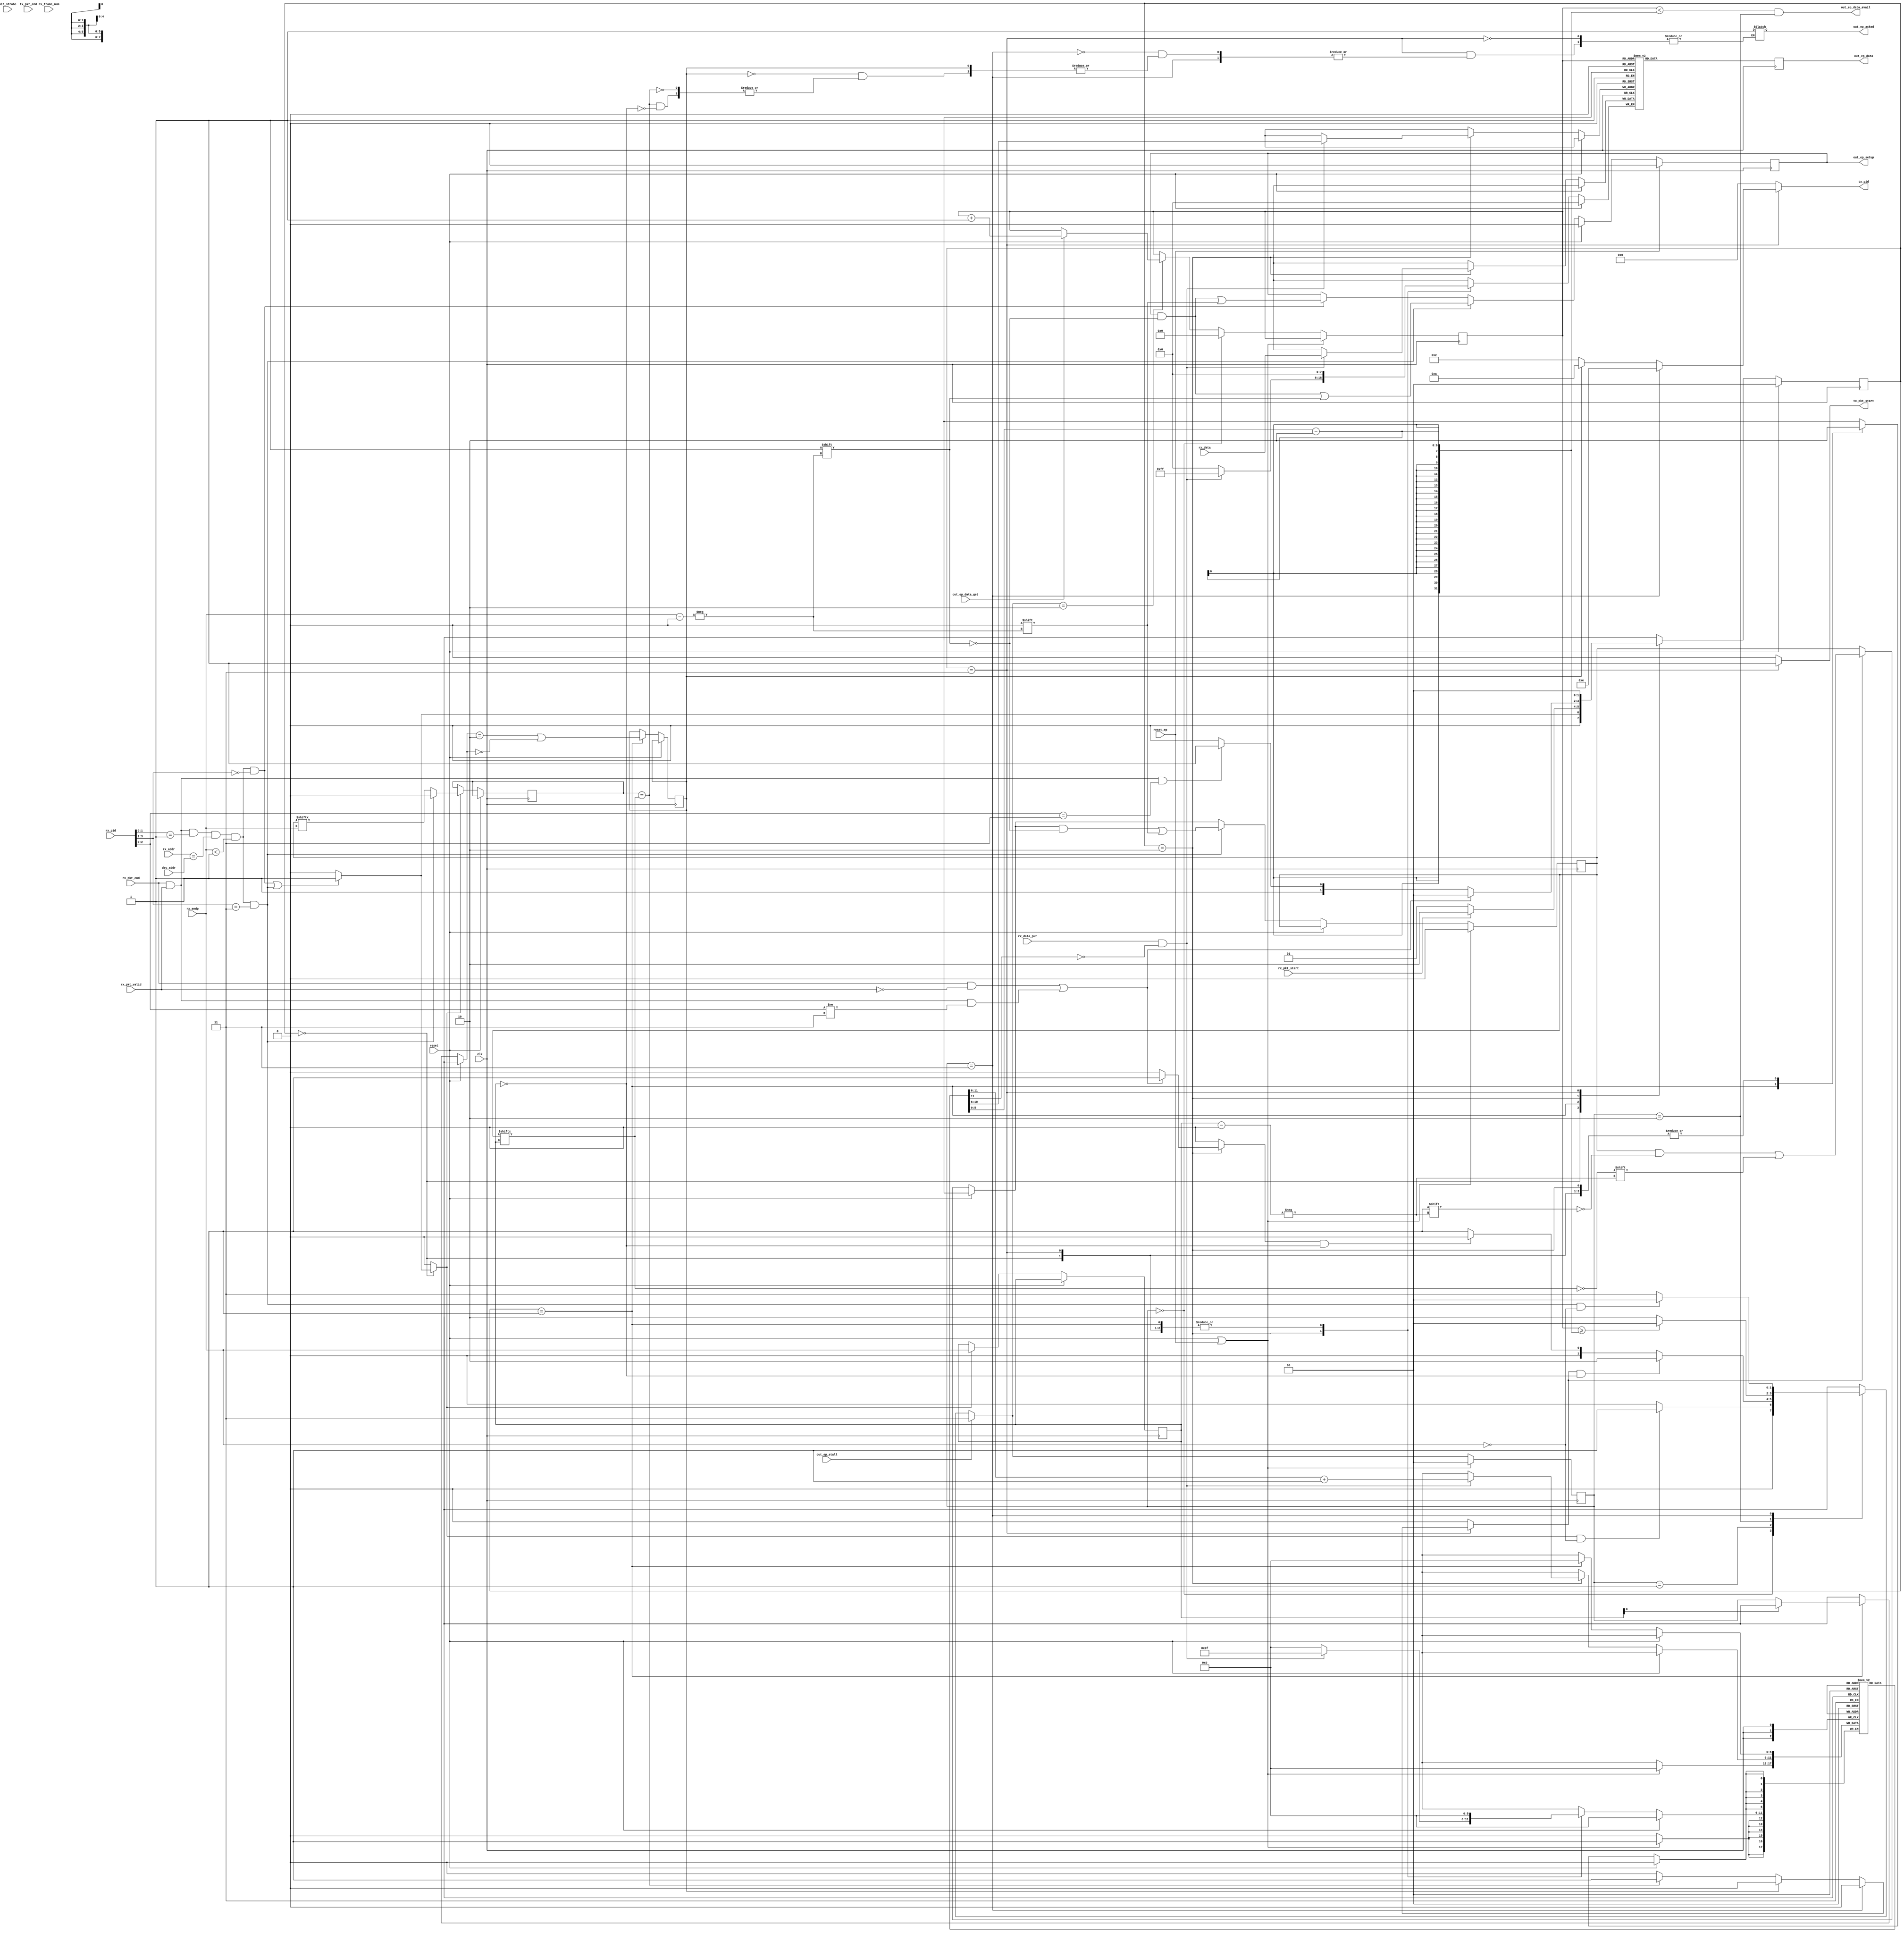
// This program was cloned from: https://github.com/tinyfpga/TinyFPGA-B-Series
// License: GNU General Public License v3.0

// The OUT Protocol Engine receives data from the host.
module usb_fs_out_pe #(
  parameter NUM_OUT_EPS = 1,
  parameter MAX_OUT_PACKET_SIZE = 32
) (
  input clk,
  input reset,
  input [NUM_OUT_EPS-1:0] reset_ep, 
  input [6:0] dev_addr,
  input bit_strobe,

  ////////////////////
  // endpoint interface 
  ////////////////////
  output [NUM_OUT_EPS-1:0] out_ep_data_avail,
  output reg [NUM_OUT_EPS-1:0] out_ep_setup,
  input [NUM_OUT_EPS-1:0] out_ep_data_get,
  output reg [7:0] out_ep_data,
  input [NUM_OUT_EPS-1:0] out_ep_stall,
  output reg [NUM_OUT_EPS-1:0] out_ep_acked,


  ////////////////////
  // rx path 
  ////////////////////

  // Strobed on reception of packet.
  input rx_pkt_start,
  input rx_pkt_end,
  input rx_pkt_valid,

  // Most recent packet received.
  input [3:0] rx_pid,
  input [6:0] rx_addr,
  input [3:0] rx_endp,
  input [10:0] rx_frame_num,

  // rx_data is pushed into endpoint controller.
  input rx_data_put,
  input [7:0] rx_data,


  ////////////////////
  // tx path 
  ////////////////////

  // Strobe to send new packet.
  output reg tx_pkt_start,
  input tx_pkt_end,
  output reg [3:0] tx_pid
);
  ////////////////////////////////////////////////////////////////////////////////
  // endpoint state machine
  ////////////////////////////////////////////////////////////////////////////////
  reg [1:0] ep_state [NUM_OUT_EPS - 1:0];
  reg [1:0] ep_state_next [NUM_OUT_EPS - 1:0];

  localparam READY_FOR_PKT = 0;
  localparam PUTTING_PKT = 1;
  localparam GETTING_PKT = 2;
  localparam STALL = 3;


  ////////////////////////////////////////////////////////////////////////////////
  // out transfer state machine
  ////////////////////////////////////////////////////////////////////////////////
  reg [1:0] out_xfr_state;
  reg [1:0] out_xfr_state_next;

  localparam IDLE = 0;
  localparam RCVD_OUT = 1;
  localparam RCVD_DATA_START = 2; 
  localparam RCVD_DATA_END = 3; 

  reg out_xfr_start;
  reg new_pkt_end;
  reg rollback_data;


  reg [3:0] out_ep_num;
  

  reg [NUM_OUT_EPS - 1:0] out_ep_data_avail_i;
  reg [NUM_OUT_EPS - 1:0] out_ep_data_avail_j;

  // set when the endpoint buffer is unable to receive the out transfer
  reg nak_out_transfer;

  // data toggle state
  reg [NUM_OUT_EPS - 1:0] data_toggle;

  // latched on valid OUT/SETUP token
  reg [3:0] current_endp;

  // endpoint data buffer
  reg [7:0] out_data_buffer [(MAX_OUT_PACKET_SIZE * NUM_OUT_EPS) - 1:0];

  // current get_addr when outputting a packet from the buffer
  reg [4:0] ep_get_addr [NUM_OUT_EPS - 1:0];

  // endpoint put_addrs when inputting a packet into the buffer
  reg [5:0] ep_put_addr [NUM_OUT_EPS - 1:0];

  // total buffer put addr, uses endpoint number and that endpoints current
  // put address
  wire [8:0] buffer_put_addr = {current_endp[3:0], ep_put_addr[current_endp][4:0]};
  wire [8:0] buffer_get_addr = {out_ep_num[3:0], ep_get_addr[out_ep_num][4:0]};

  wire token_received = 
    rx_pkt_end &&
    rx_pkt_valid &&
    rx_pid[1:0] == 2'b01 &&
    rx_addr == dev_addr &&
    rx_endp < NUM_OUT_EPS;

  wire out_token_received =
    token_received &&
    rx_pid[3:2] == 2'b00;

  wire setup_token_received =
    token_received &&
    rx_pid[3:2] == 2'b11;

  wire invalid_packet_received =
    rx_pkt_end &&
    !rx_pkt_valid;

  wire data_packet_received =
    rx_pkt_end &&
    rx_pkt_valid &&
    rx_pid[2:0] == 3'b011;

  wire non_data_packet_received =
    rx_pkt_end &&
    rx_pkt_valid &&
    rx_pid[2:0] != 3'b011;

  reg last_data_toggle;

  wire data_packet_matches_toggle =
    last_data_toggle == data_toggle[current_endp];

  ////////////////////////////////////////////////////////////////////////////////
  // endpoint state machine
  ////////////////////////////////////////////////////////////////////////////////

  genvar ep_num;
  generate
    for (ep_num = 0; ep_num < NUM_OUT_EPS; ep_num = ep_num + 1) begin
      always @* begin

        if (out_ep_stall[ep_num]) begin
          ep_state_next[ep_num] <= STALL;

        end else begin
          case (ep_state[ep_num])
            READY_FOR_PKT : begin
              if (out_xfr_start && rx_endp == ep_num) begin
                ep_state_next[ep_num] <= PUTTING_PKT;

              end else begin
                ep_state_next[ep_num] <= READY_FOR_PKT;
              end
            end

            PUTTING_PKT : begin
              if (new_pkt_end && current_endp == ep_num) begin
                ep_state_next[ep_num] <= GETTING_PKT;

              end else if (rollback_data && current_endp == ep_num) begin
                ep_state_next[ep_num] <= READY_FOR_PKT;

              end else begin
                ep_state_next[ep_num] <= PUTTING_PKT;
              end
            end

            GETTING_PKT : begin

              if (ep_get_addr[ep_num][4:0] >= (ep_put_addr[ep_num][5:0] - 2)) begin
                ep_state_next[ep_num] <= READY_FOR_PKT;

              end else begin
                ep_state_next[ep_num] <= GETTING_PKT;
              end
            end

            STALL : begin
              if (setup_token_received && rx_endp == ep_num) begin
                ep_state_next[ep_num] <= READY_FOR_PKT;

              end else begin
                ep_state_next[ep_num] <= STALL;
              end
            end

            default begin
              ep_state_next[ep_num] <= READY_FOR_PKT;
            end
          endcase
        end

      end

      always @(posedge clk) begin
        if (reset || reset_ep[ep_num]) begin
          ep_state[ep_num] <= READY_FOR_PKT;

        end else begin
          ep_state[ep_num] <= ep_state_next[ep_num];

          //out_ep_data_avail_i[ep_num] <= 0; 
          //out_ep_data_avail_j[ep_num] <= out_ep_data_avail_i[ep_num];
          //out_ep_data_avail[ep_num] <= out_ep_data_avail_j[ep_num] && out_ep_data_avail_i[ep_num];

          if (ep_state_next[ep_num][1:0] == GETTING_PKT) begin
            //if (ep_state[ep_num][1:0] == GETTING_PKT) begin
            //  out_ep_data_avail_i[ep_num] <= 1;
            //end

            if (
              out_ep_data_get[ep_num] 
            ) begin
              ep_get_addr[ep_num][4:0] <= ep_get_addr[ep_num][4:0] + 1;
            end
          end

        
                  
          case (ep_state[ep_num])
            READY_FOR_PKT : begin
              ep_get_addr[ep_num][4:0] <= 0;
            end

            PUTTING_PKT : begin
            end

            GETTING_PKT : begin   
            end

            STALL : begin
            end
          endcase
        end
      end
      

      assign out_ep_data_avail[ep_num] = 
        (ep_get_addr[ep_num][4:0] < (ep_put_addr[ep_num][5:0] - 2)) && 
        (ep_state[ep_num][1:0] == GETTING_PKT);

    end
  endgenerate

  integer i;
  always @(posedge clk) begin
    if (reset) begin
      out_ep_setup <= 0;

    end else begin
      if (setup_token_received) begin
        out_ep_setup[rx_endp] <= 1;
      end else if (out_token_received) begin
        out_ep_setup[rx_endp] <= 0;
      end
    end

    for (i = 0; i < NUM_OUT_EPS; i = i + 1) begin
      if (reset_ep[i]) begin
        out_ep_setup[i] <= 0;
      end
    end
  end

  always @(posedge clk) out_ep_data <= out_data_buffer[buffer_get_addr][7:0];

  integer ep_num_decoder;
  always @* begin
    out_ep_num <= 0;

    for (ep_num_decoder = 0; ep_num_decoder < NUM_OUT_EPS; ep_num_decoder = ep_num_decoder + 1) begin
      if (out_ep_data_get[ep_num_decoder]) begin
        out_ep_num <= ep_num_decoder; 
      end
    end
  end

  ////////////////////////////////////////////////////////////////////////////////
  // out transfer state machine
  ////////////////////////////////////////////////////////////////////////////////

  always @* begin
    out_xfr_start <= 0;
    tx_pkt_start <= 0;
    tx_pid <= 0;
    new_pkt_end <= 0;
    rollback_data <= 0;

    case (out_xfr_state)
      IDLE : begin
        if (out_token_received || setup_token_received) begin
          out_xfr_state_next <= RCVD_OUT;
          out_xfr_start <= 1;

        end else begin
          out_xfr_state_next <= IDLE;
        end
      end

      RCVD_OUT : begin
        if (rx_pkt_start) begin
          out_xfr_state_next <= RCVD_DATA_START;

        end else begin
          out_xfr_state_next <= RCVD_OUT;
        end
      end

      RCVD_DATA_START : begin
        if (invalid_packet_received || non_data_packet_received) begin
          out_xfr_state_next <= IDLE;
          rollback_data <= 1;

        end else if (data_packet_received) begin
          out_xfr_state_next <= RCVD_DATA_END;


        end else begin
          out_xfr_state_next <= RCVD_DATA_START;
        end
      end

      RCVD_DATA_END : begin
        out_xfr_state_next <= IDLE;
        tx_pkt_start <= 1;

        if (ep_state[current_endp] == STALL) begin
          tx_pid <= 4'b1110; // STALL

        end else if (nak_out_transfer) begin
          tx_pid <= 4'b1010; // NAK

        end else if (data_packet_matches_toggle) begin
          tx_pid <= 4'b0010; // ACK
          new_pkt_end <= 1;
          out_ep_acked[current_endp] <= 1;

        end else begin
          tx_pid <= 4'b0010; // ACK
        end
      end

      default begin
        out_xfr_state_next <= IDLE;
      end
    endcase
  end

  integer j;
  always @(posedge clk) begin
    if (reset) begin
      out_xfr_state <= IDLE;
    end else begin
      out_xfr_state <= out_xfr_state_next;

      if (out_xfr_start) begin
        current_endp <= rx_endp;
        last_data_toggle <= setup_token_received ? 0 : data_toggle[rx_endp];
      end

      if (new_pkt_end) begin
        data_toggle[current_endp] <= !data_toggle[current_endp];
      end

      if (setup_token_received) begin
        data_toggle[rx_endp] <= 0;
      end

      case (out_xfr_state)
        IDLE : begin
        end

        RCVD_OUT : begin
          ep_put_addr[current_endp][5:0] <= 0;
          nak_out_transfer <= 
            (ep_state[current_endp] == GETTING_PKT) || 
            (ep_state[current_endp] == READY_FOR_PKT);
        end

        RCVD_DATA_START : begin
          if (rx_data_put && !ep_put_addr[current_endp][5]) begin
            ep_put_addr[current_endp][5:0] <= ep_put_addr[current_endp][5:0] + 1;
            out_data_buffer[buffer_put_addr][7:0] <= rx_data;
          end
        end

        RCVD_DATA_END : begin
        end
      endcase
    end

    for (j = 0; j < NUM_OUT_EPS; j = j + 1) begin
      if (reset || reset_ep[j]) begin
        data_toggle[j] <= 0;
        ep_put_addr[j][5:0] <= 0;
      end
    end
  end

endmodule